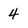
Character: 4